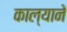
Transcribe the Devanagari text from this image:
काल्याने